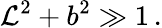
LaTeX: \mathcal{L}^{2}+b^{2}\gg1\, .